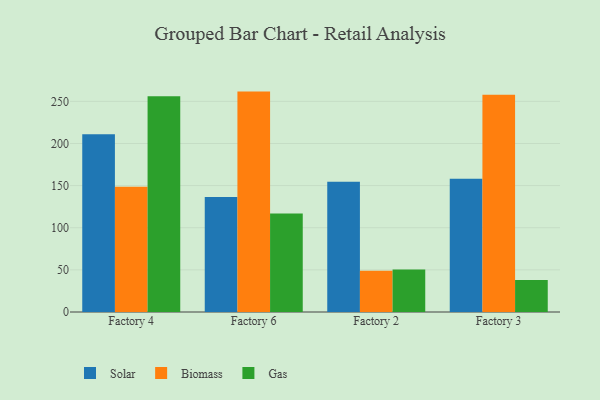
{"axis": {"x": "Factory", "y": "Temperature (°C)"}, "legend": ["Biomass", "Gas", "Solar"], "data": [{"x": "Factory 4", "y": 211.0, "type": "Solar"}, {"x": "Factory 4", "y": 148.8, "type": "Biomass"}, {"x": "Factory 4", "y": 256.2, "type": "Gas"}, {"x": "Factory 6", "y": 136.6, "type": "Solar"}, {"x": "Factory 6", "y": 261.6, "type": "Biomass"}, {"x": "Factory 6", "y": 116.9, "type": "Gas"}, {"x": "Factory 2", "y": 154.6, "type": "Solar"}, {"x": "Factory 2", "y": 49.0, "type": "Biomass"}, {"x": "Factory 2", "y": 50.4, "type": "Gas"}, {"x": "Factory 3", "y": 158.3, "type": "Solar"}, {"x": "Factory 3", "y": 258.0, "type": "Biomass"}, {"x": "Factory 3", "y": 38.1, "type": "Gas"}]}